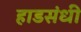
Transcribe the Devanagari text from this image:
हाडसंधी